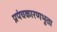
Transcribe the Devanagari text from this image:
प्रपंचकारणभूता